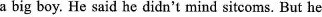
a big boy. He said he didn't mind sitcoms. But he